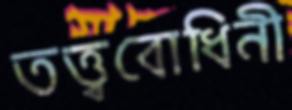
তত্ত্ববোধিনী